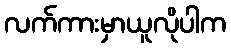
လက်ကားမှာယူလိုပါက